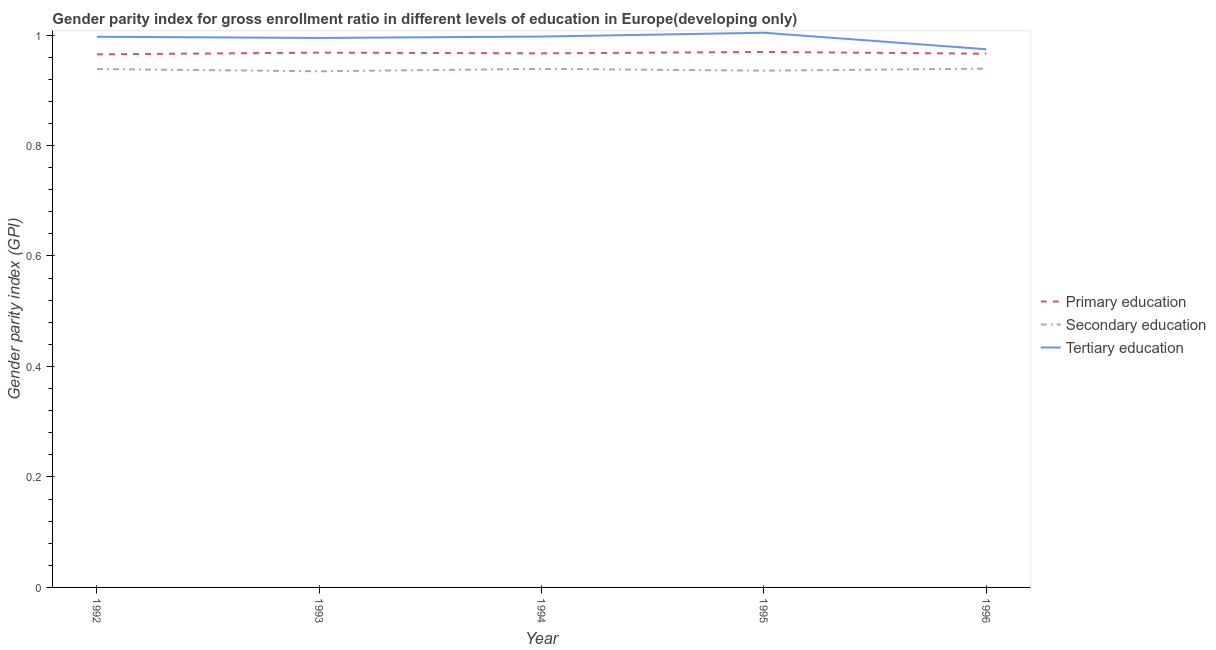
| Year | Primary education | Secondary education | Tertiary education |
 | --- | --- | --- | --- |
 | 1992 | 0.965 | 0.938 | 0.997 |
 | 1993 | 0.968 | 0.934 | 0.995 |
 | 1994 | 0.967 | 0.939 | 0.997 |
 | 1995 | 0.969 | 0.936 | 1 |
 | 1996 | 0.966 | 0.939 | 0.974 |